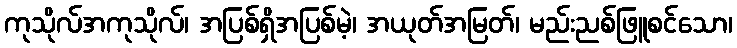
ကုသိုလ်အကုသိုလ်၊ အပြစ်ရှိအပြစ်မဲ့၊ အယုတ်အမြတ်၊ မည်းညစ်ဖြူစင်သော၊